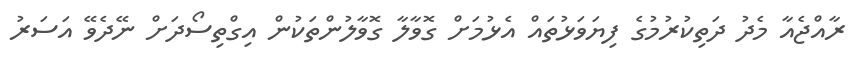
ރާއްޖެއާ މެދު ދަތިކުރުމުގެ ފިޔަވަޅުތައް އެޅުމަށް ގޮވާލާ ގޮވާލުންތަކުން އިގްތިސޯދަށް ނޭދެވޭ އަސަރު